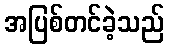
အပြစ်တင်ခဲ့သည်